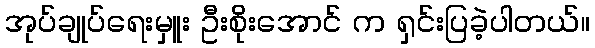
အုပ်ချုပ်ရေးမှူး ဦးစိုးအောင် က ရှင်းပြခဲ့ပါတယ်။